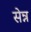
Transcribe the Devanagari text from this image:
सेन्न